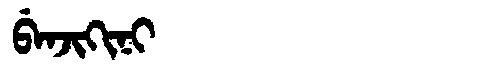
Manchu: ᠪᡝᠨᠵᡳᡴᡳᠨᡳ
Romanization: BENJIKINI